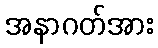
အနာဂတ်အား